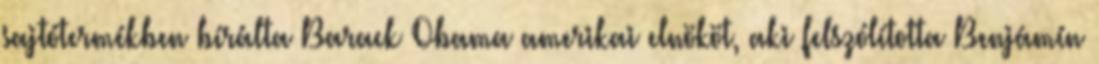
sajtótermékben bírálta Barack Obama amerikai elnököt, aki felszólította Benjámín